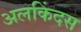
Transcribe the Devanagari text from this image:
अलकिंदस